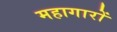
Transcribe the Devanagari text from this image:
महागारों